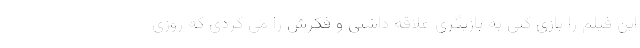
این فیلم را بازی کنی به بازیگری علاقه داشتی و فکرش را می کردی که روزی